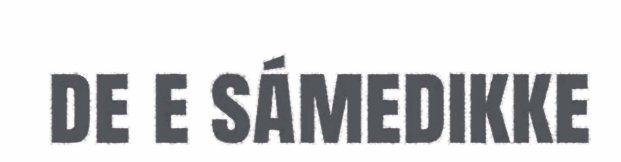
de e sámedikke